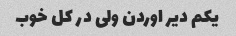
یکم دیر اوردن ولی در کل خوب